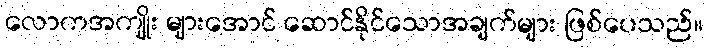
လောကအကျိုး များအောင် ဆောင်နိုင်သောအချက်များ ဖြစ်ပေသည်။